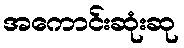
အကောင်းဆုံးဆု